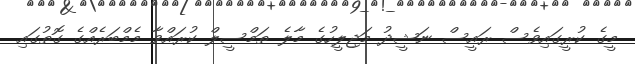
މީގެ ކުރީގައިވެސް ރައީސް ނަޝީދު މަޖިލީހުގެ މާލެ ތަމްސީލް ކުރައްވާ މެމްބަރެއްގެ ގޮތުގައި